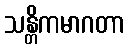
သန္တိကမာဂတာ